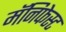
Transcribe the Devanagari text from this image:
मॅनिफेस्ट